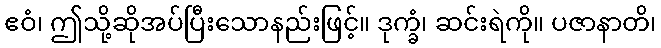
ဧဝံ၊ ဤသို့ဆိုအပ်ပြီးသောနည်းဖြင့်။ ဒုက္ခံ၊ ဆင်းရဲကို။ ပဇာနာတိ၊